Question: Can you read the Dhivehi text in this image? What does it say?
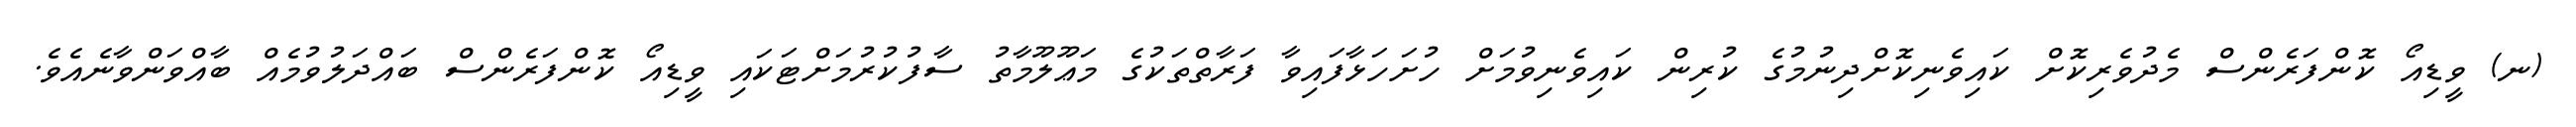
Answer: (ނ) ވީޑިއޯ ކޮންފަރެންސް މެދުވެރިކޮށް ކައިވެނިކޮށްދިނުމުގެ ކުރިން ކައިވެނިވުމަށް ހުށަހަޅާފައިވާ ފަރާތްތަކުގެ މަޢޫލޫމާތު ސާފުކުރުމަށްޓަކައި ވީޑިއޯ ކޮންފަރެންސް ބައްދަލުވުމެއް ބާއްވަންވާނެއެވެ.